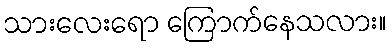
သားလေးရော ကြောက်နေသလား။